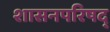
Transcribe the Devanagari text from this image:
शासनपरिषद्